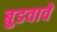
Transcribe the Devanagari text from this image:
बुडवावें